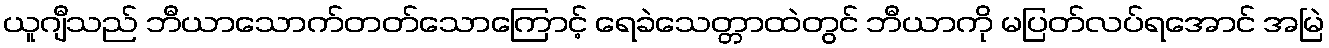
ယူဂျီသည် ဘီယာသောက်တတ်သောကြောင့် ရေခဲသေတ္တာထဲတွင် ဘီယာကို မပြတ်လပ်ရအောင် အမြဲ